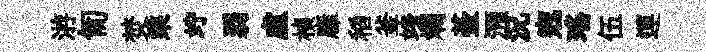
㳺匍焚乘竚弱虛楨廱稻釜竧斕䑓澦況𡨥瑶伍運